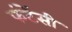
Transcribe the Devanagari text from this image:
फंटेंसी